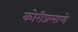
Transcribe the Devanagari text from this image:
कोरीप्रमाणे